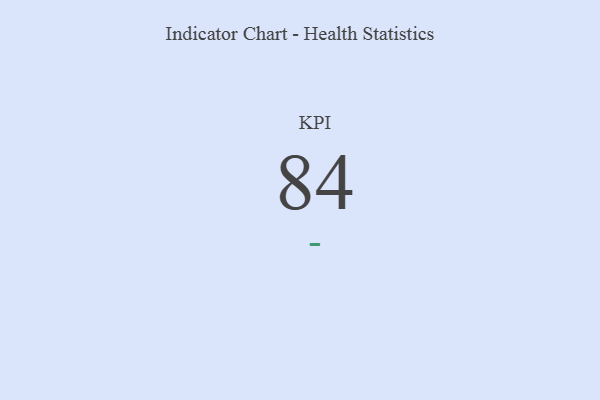
{"axis": {"x": "KPI", "y": "Value"}, "legend": [""], "data": [{"x": "KPI", "y": 84, "type": ""}]}